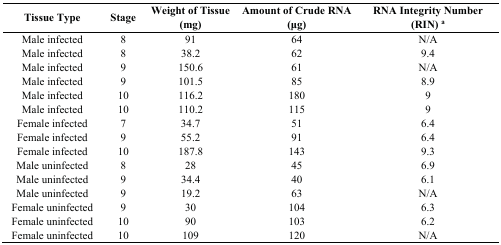
| Tissue Type | Stage | Weight of Tissue (mg) | Amount of Crude RNA (μg) | RNA Integrity Number (RIN) a |
 | --- | --- | --- | --- | --- |
 | Male infected | 8 | 91 | 64 | N/A |
 | Male infected | 8 | 38.2 | 62 | 9.4 |
 | Male infected | 9 | 150.6 | 61 | N/A |
 | Male infected | 9 | 101.5 | 85 | 8.9 |
 | Male infected | 10 | 116.2 | 180 | 9 |
 | Male infected | 10 | 110.2 | 115 | 9 |
 | Female infected | 7 | 34.7 | 51 | 6.4 |
 | Female infected | 9 | 55.2 | 91 | 6.4 |
 | Female infected | 10 | 187.8 | 143 | 9.3 |
 | Male uninfected | 8 | 28 | 45 | 6.9 |
 | Male uninfected | 9 | 34.4 | 40 | 6.1 |
 | Male uninfected | 9 | 19.2 | 63 | N/A |
 | Female uninfected | 9 | 30 | 104 | 6.3 |
 | Female uninfected | 10 | 90 | 103 | 6.2 |
 | Female uninfected | 10 | 109 | 120 | N/A |